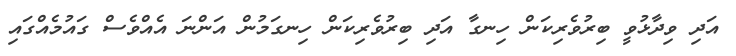
އަދި ވިދާޅުވީ ބިރުވެރިކަން ހިނގާ އަދި ބިރުވެރިކަން ހިނގަމުން އަންނަ އެއްވެސް ގައުމެއްގައި